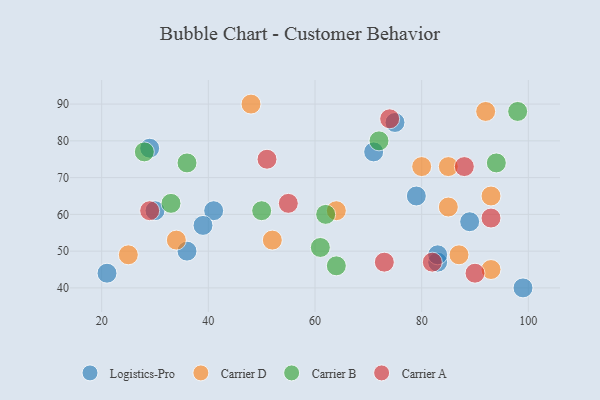
{"axis": {"x": "GDP", "y": "Life Expectancy"}, "legend": ["Carrier A", "Carrier B", "Carrier D", "Logistics-Pro"], "data": [{"x": "75", "y": 85, "type": "Logistics-Pro"}, {"x": "89", "y": 58, "type": "Logistics-Pro"}, {"x": "83", "y": 47, "type": "Logistics-Pro"}, {"x": "29", "y": 78, "type": "Logistics-Pro"}, {"x": "71", "y": 77, "type": "Logistics-Pro"}, {"x": "79", "y": 65, "type": "Logistics-Pro"}, {"x": "99", "y": 40, "type": "Logistics-Pro"}, {"x": "83", "y": 49, "type": "Logistics-Pro"}, {"x": "36", "y": 50, "type": "Logistics-Pro"}, {"x": "41", "y": 61, "type": "Logistics-Pro"}, {"x": "21", "y": 44, "type": "Logistics-Pro"}, {"x": "39", "y": 57, "type": "Logistics-Pro"}, {"x": "30", "y": 61, "type": "Logistics-Pro"}, {"x": "93", "y": 65, "type": "Carrier D"}, {"x": "93", "y": 45, "type": "Carrier D"}, {"x": "85", "y": 73, "type": "Carrier D"}, {"x": "64", "y": 61, "type": "Carrier D"}, {"x": "85", "y": 62, "type": "Carrier D"}, {"x": "87", "y": 49, "type": "Carrier D"}, {"x": "25", "y": 49, "type": "Carrier D"}, {"x": "52", "y": 53, "type": "Carrier D"}, {"x": "80", "y": 73, "type": "Carrier D"}, {"x": "48", "y": 90, "type": "Carrier D"}, {"x": "34", "y": 53, "type": "Carrier D"}, {"x": "92", "y": 88, "type": "Carrier D"}, {"x": "64", "y": 46, "type": "Carrier B"}, {"x": "50", "y": 61, "type": "Carrier B"}, {"x": "94", "y": 74, "type": "Carrier B"}, {"x": "61", "y": 51, "type": "Carrier B"}, {"x": "98", "y": 88, "type": "Carrier B"}, {"x": "72", "y": 80, "type": "Carrier B"}, {"x": "28", "y": 77, "type": "Carrier B"}, {"x": "33", "y": 63, "type": "Carrier B"}, {"x": "36", "y": 74, "type": "Carrier B"}, {"x": "62", "y": 60, "type": "Carrier B"}, {"x": "74", "y": 86, "type": "Carrier A"}, {"x": "82", "y": 47, "type": "Carrier A"}, {"x": "51", "y": 75, "type": "Carrier A"}, {"x": "73", "y": 47, "type": "Carrier A"}, {"x": "88", "y": 73, "type": "Carrier A"}, {"x": "55", "y": 63, "type": "Carrier A"}, {"x": "29", "y": 61, "type": "Carrier A"}, {"x": "93", "y": 59, "type": "Carrier A"}, {"x": "90", "y": 44, "type": "Carrier A"}]}